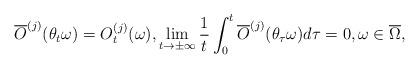
LaTeX: \begin{align*}\overline{O}^{(j)}(\theta _t\omega)=O_t^{(j)}(\omega),\lim\limits_{t\rightarrow\pm\infty}\frac1t\int_0^t\overline{O}^{(j)}(\theta_{\tau}\omega)d\tau=0,\omega\in\overline{\Omega},\end{align*}